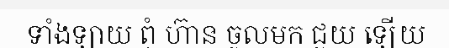
ទាំងឡាយ ពុំ ហ៊ាន ចូលមក ជួយ ឡើយ